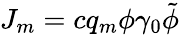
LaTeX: J_{m}=cq_{m}\phi\gamma_{0}\tilde{\phi}\,